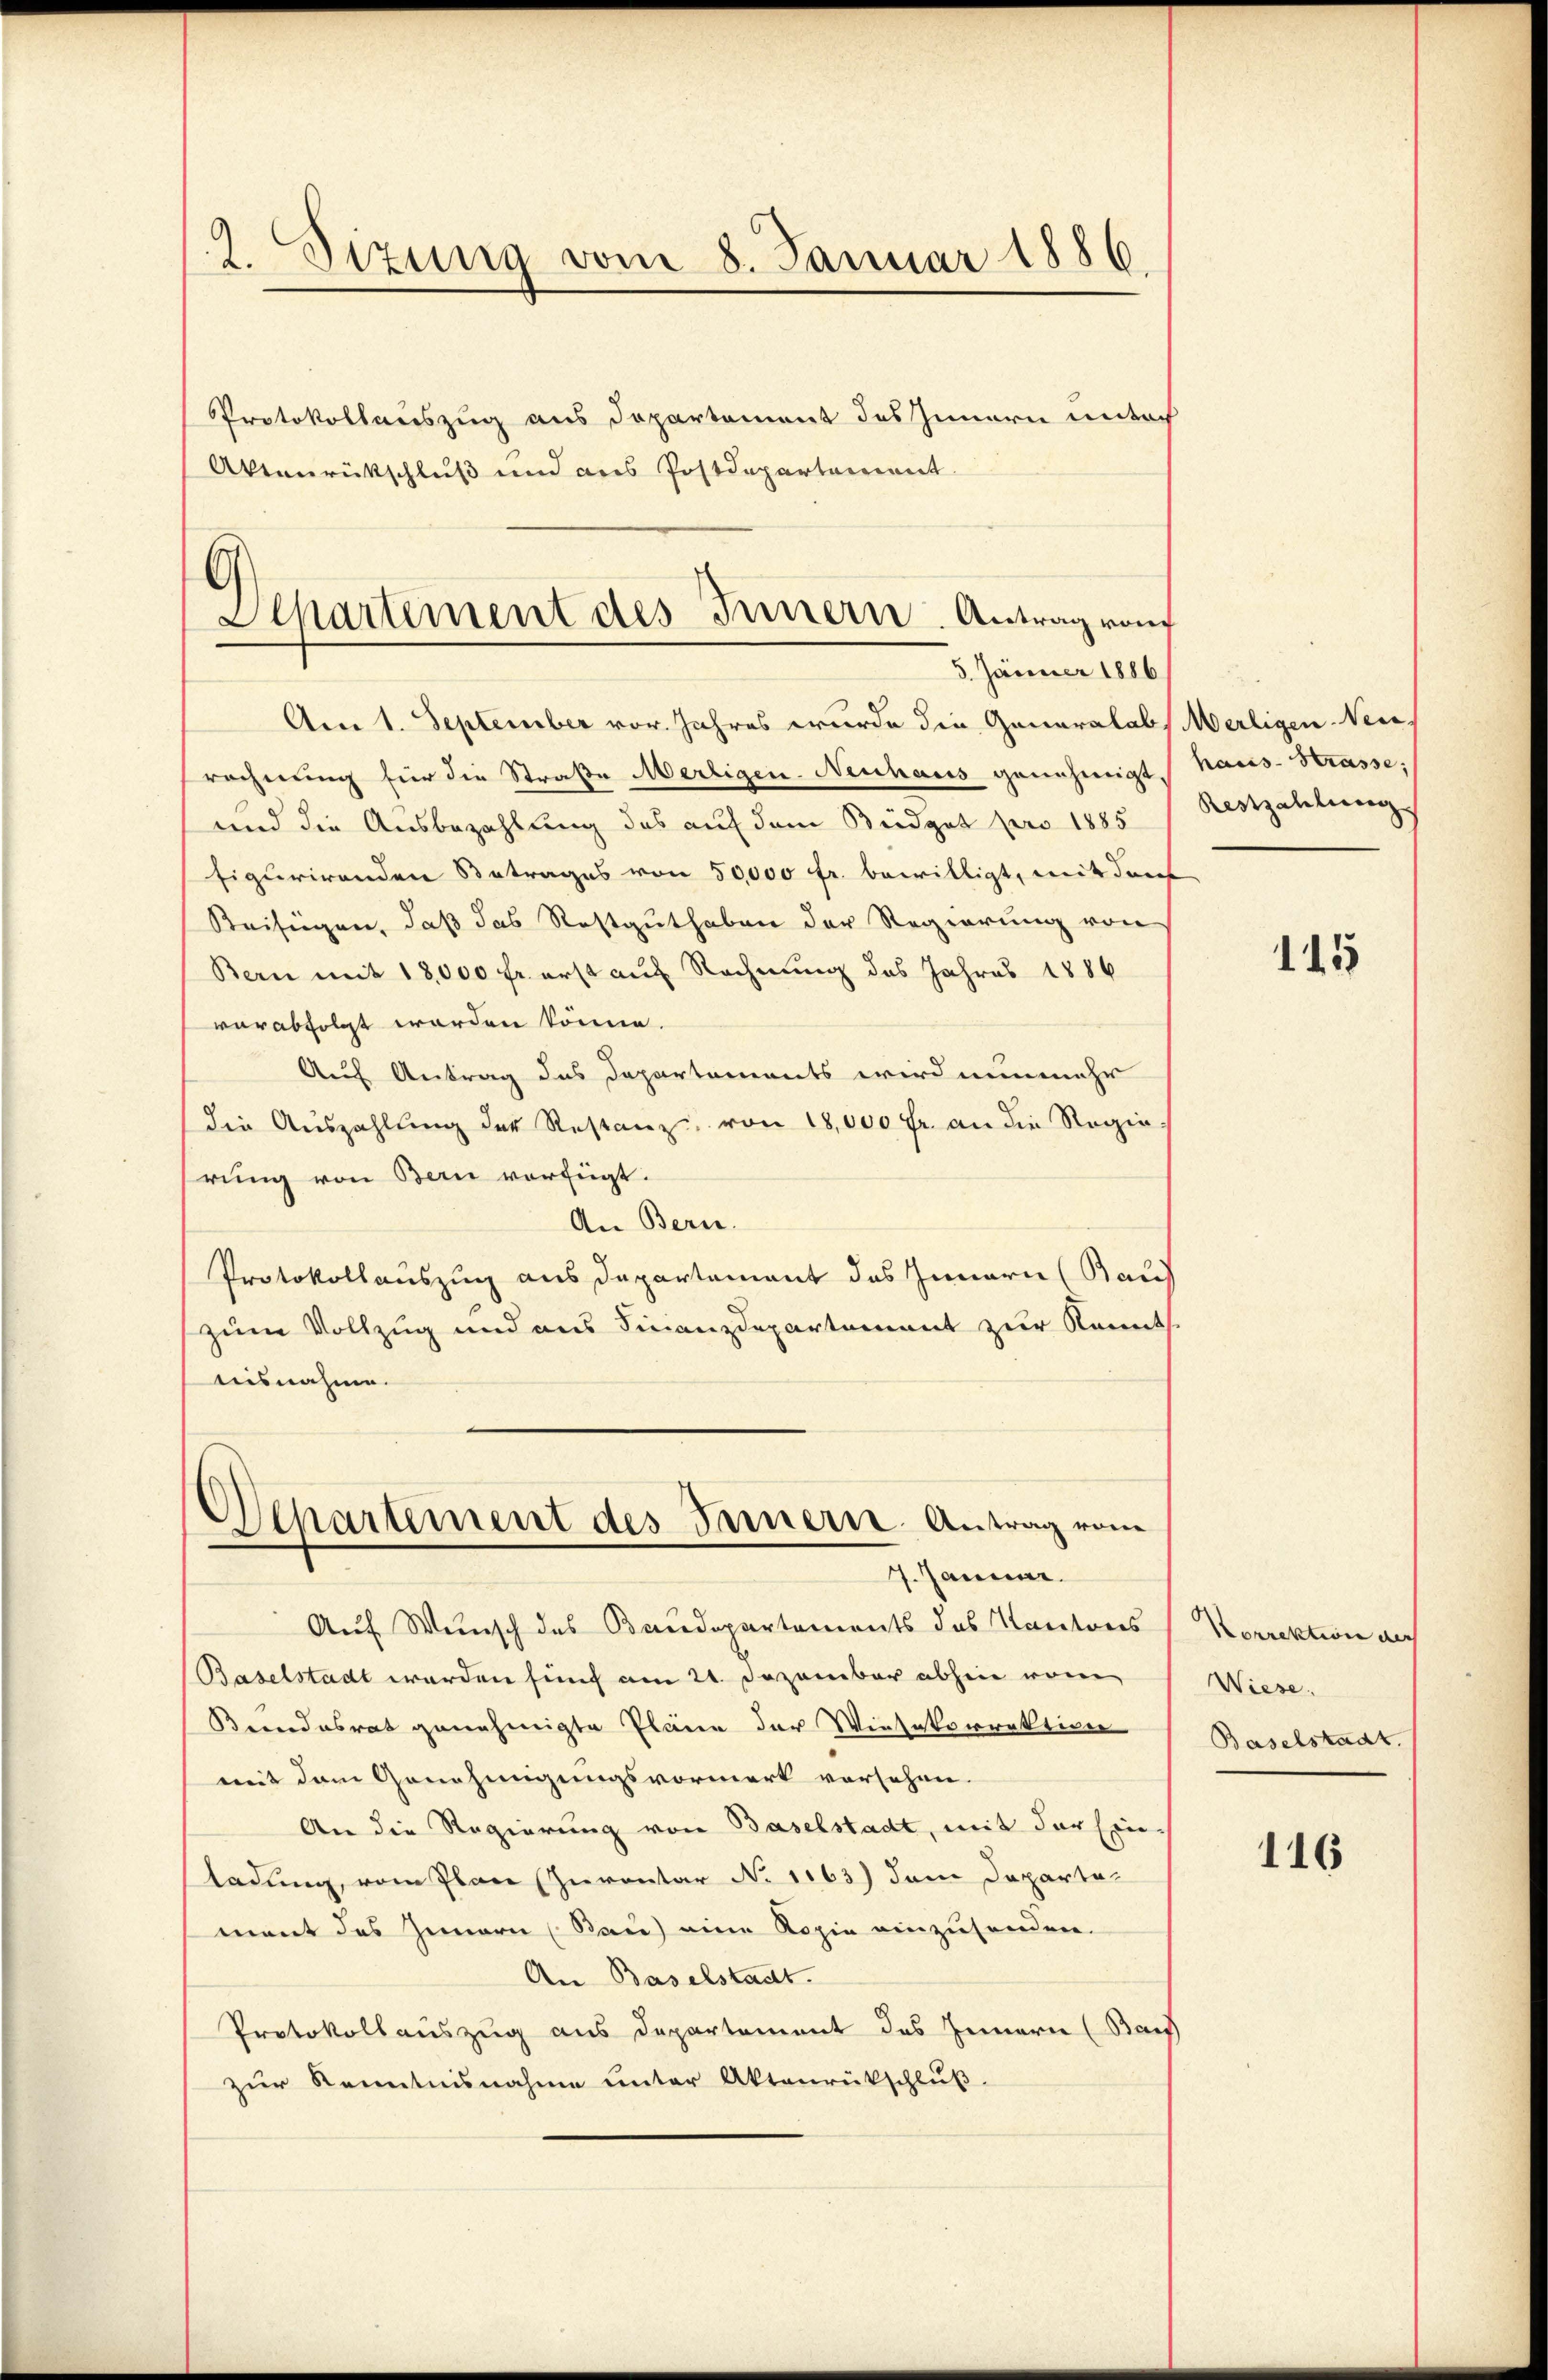
2. Sizung vom 8. Januar 1886.

Protokollauszug aus Departement des Innern unter
Aktenrückschluß und aus Postdepartement
Am 1. September vor. Jahres wurde die Generalabs Merligen Neue
rechnung für die Straße Merligen. Neuhaus genehmigt. Haus-Strasse:
und die Ausbezahlung des auf dem Büdget pro 1885 / Restzahlung.
figurirenden Betrages von 50,000 fr. bewilligt, mit durch
Beifügen, daß das Restguthaben der Regierung von
Bern mit 18000 fr. erst auf Rechnung des Jahres 1886
varabfolgt worden könne.
Auf Antrag des Departements wird nunmehr
die Auszahlŭng der Restanz von 18,000 Fr. an die Regierung von Bern verfügt.
An Bern.
Protokollauszug aus Departement das Innern (Kauf
zum Vollzug und aus Finanzdepartement zur Kennt
ausnahme.
Departement des Innern Antrag vom
7. Januar.
Auf Wunsch des Baudepartements das Kantons Korrektion der
Baselstadt werden fünf am 21. Dezember abhin vom
Beendesrat genehmigte Pläne der Wiesatorrektion
mit dem Genehmigungsvormark vorsehen.
An die Regierung von Baselstadt, mit der Ein-
ladung, vom Plan (Inventar No 1163) dem Departal
ment des Innern (Bau) eine Kopie einzusenden.
An Baselstadt.
Protokollauszug aus Departement des Innern (Bauf
zur Kenntnisnahme unter Aktenrückschluß.

Separtement des Innern. Antrag von
5. Jänner 1886

115

Wiese
Baselstadt.

116